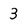
Character: 3